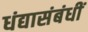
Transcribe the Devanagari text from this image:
धंद्यासंबंधीं